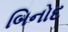
બિનોદ